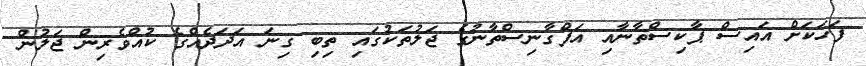
ފަހަކަށް އައިސް ޕާކިސްތާނާއި އަފްގާނިސްތާނުގެ ޖަލުތަކުގައި ތިބި ގިނަ އަދަދެއްގެ ކުއްވެރިން ޖަލުން